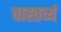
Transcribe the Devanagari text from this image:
वास्तव्यं